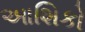
આશિકો